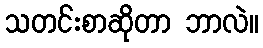
သတင်းစာဆိုတာ ဘာလဲ။